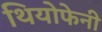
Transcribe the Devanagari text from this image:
थियोफेनी